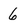
Character: 6